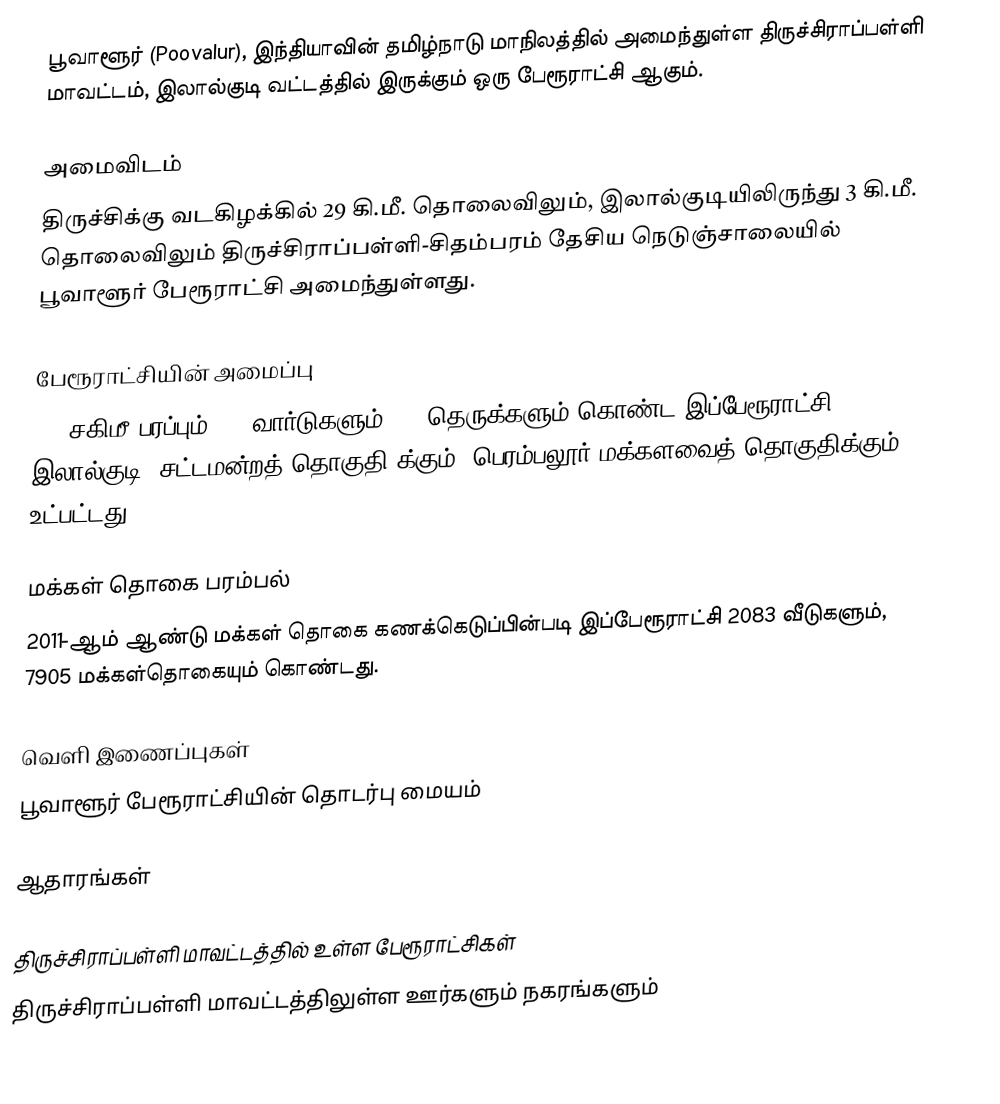
பூவாளூர் (Poovalur), இந்தியாவின் தமிழ்நாடு மாநிலத்தில் அமைந்துள்ள திருச்சிராப்பள்ளி மாவட்டம், இலால்குடி வட்டத்தில் இருக்கும் ஒரு பேரூராட்சி ஆகும்.

அமைவிடம்
திருச்சிக்கு வடகிழக்கில் 29 கி.மீ. தொலைவிலும், இலால்குடியிலிருந்து 3 கி.மீ. தொலைவிலும் திருச்சிராப்பள்ளி-சிதம்பரம் தேசிய நெடுஞ்சாலையில் பூவாளூர் பேரூராட்சி அமைந்துள்ளது.

பேரூராட்சியின் அமைப்பு
5.8  சகிமீ பரப்பும், 15 வார்டுகளும், 31   தெருக்களும் கொண்ட இப்பேரூராட்சி  இலால்குடி (சட்டமன்றத் தொகுதி)க்கும், பெரம்பலூர் மக்களவைத் தொகுதிக்கும் உட்பட்டது.

மக்கள் தொகை பரம்பல்
2011-ஆம் ஆண்டு மக்கள் தொகை கணக்கெடுப்பின்படி  இப்பேரூராட்சி   2083 வீடுகளும், 7905  மக்கள்தொகையும் கொண்டது.

வெளி இணைப்புகள்
 பூவாளூர் பேரூராட்சியின் தொடர்பு மையம்

ஆதாரங்கள்

திருச்சிராப்பள்ளி மாவட்டத்தில் உள்ள பேரூராட்சிகள்
திருச்சிராப்பள்ளி மாவட்டத்திலுள்ள ஊர்களும் நகரங்களும்